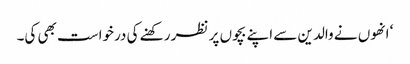
‘ انھوں نے والدین سے اپنے بچوں پر نظر رکھنے کی درخواست بھی کی۔